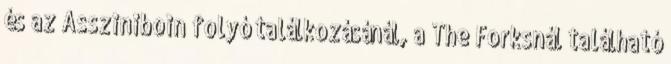
és az Assziniboin folyó találkozásánál, a The Forksnál található